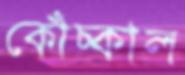
কোঁচ্‌কাল